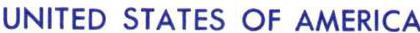
UNITED STATES OF AMERICA